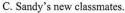
C. Sandy's new classmates.